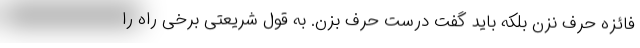
فائزه حرف نزن بلکه باید گفت درست حرف بزن. به قول شریعتی برخی راه را